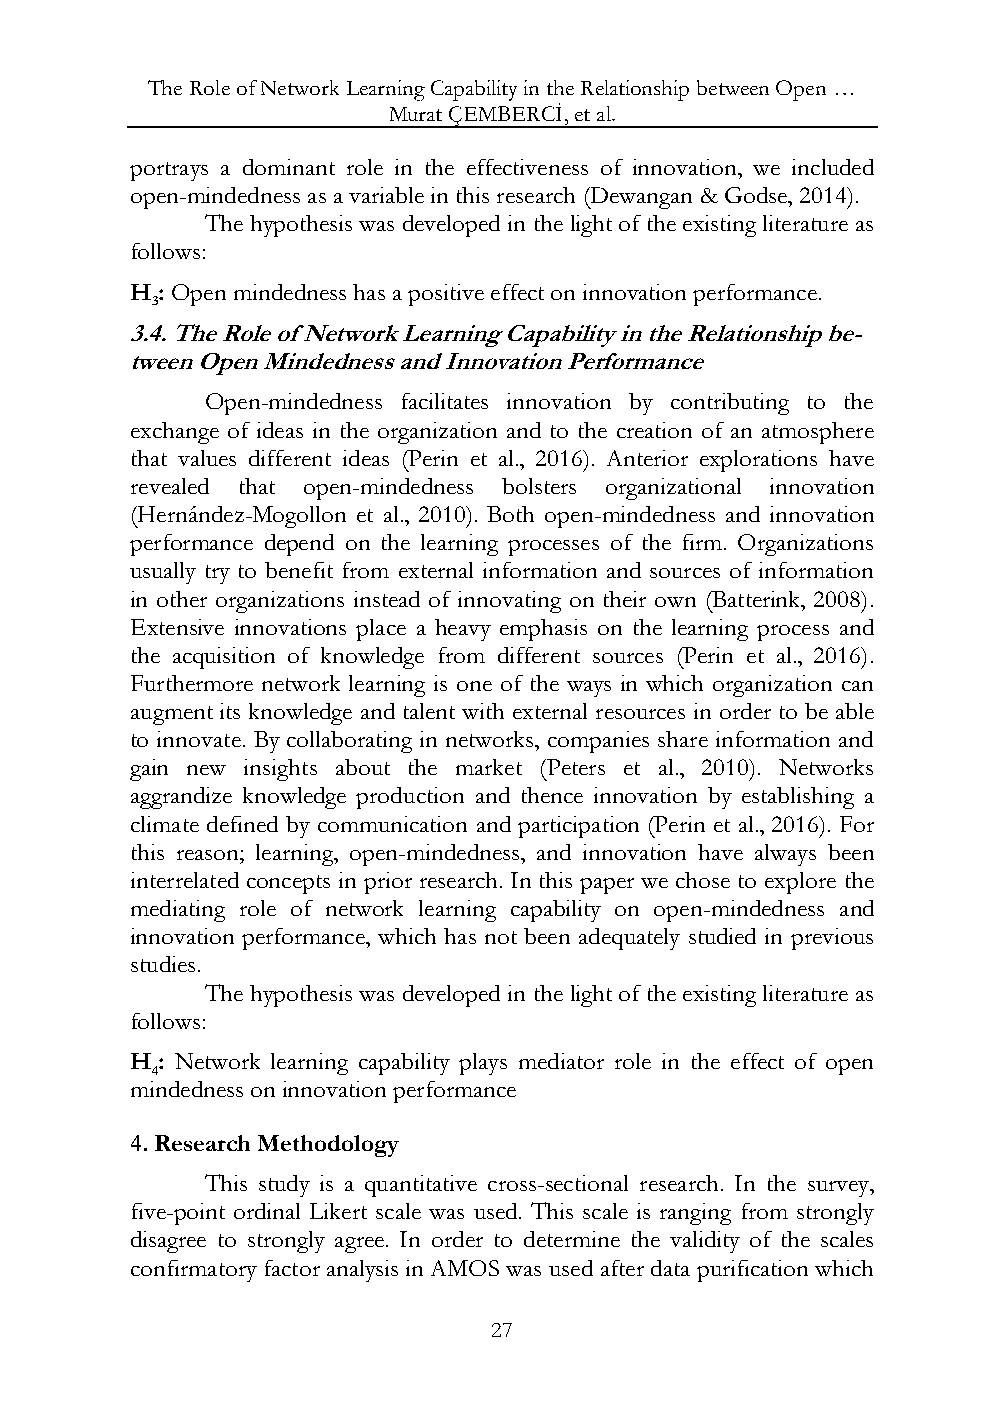
The Role of Network Learning Capability in the Relationship between Open …
 Murat ÇEMBERCİ, et al.
 portrays a dominant role in the effectiveness of innovation, we included
 open-mindedness as a variable in this research (Dewangan & Godse, 2014).
 The hypothesis was developed in the light of the existing literature as
 follows:
 H : Open mindedness has a positive effect on innovation performance.
 3
 3.4. The Role of Network Learning Capability in the Relationship be-
 tween Open Mindedness and Innovation Performance
 Open-mindedness facilitates innovation by contributing to the
 exchange of ideas in the organization and to the creation of an atmosphere
 that values different ideas (Perin et al., 2016). Anterior explorations have
 revealed that open-mindedness bolsters organizational innovation
 (Hernández-Mogollon et al., 2010). Both open-mindedness and innovation
 performance depend on the learning processes of the firm. Organizations
 usually try to benefit from external information and sources of information
 in other organizations instead of innovating on their own (Batterink, 2008).
 Extensive innovations place a heavy emphasis on the learning process and
 the acquisition of knowledge from different sources (Perin et al., 2016).
 Furthermore network learning is one of the ways in which organization can
 augment its knowledge and talent with external resources in order to be able
 to innovate. By collaborating in networks, companies share information and
 gain new insights about the market (Peters et al., 2010). Networks
 aggrandize knowledge production and thence innovation by establishing a
 climate defined by communication and participation (Perin et al., 2016). For
 this reason; learning, open-mindedness, and innovation have always been
 interrelated concepts in prior research. In this paper we chose to explore the
 mediating role of network learning capability on open-mindedness and
 innovation performance, which has not been adequately studied in previous
 studies.
 The hypothesis was developed in the light of the existing literature as
 follows:
 H : Network learning capability plays mediator role in the effect of open
 4
 mindedness on innovation performance
 4. Research Methodology
 This study is a quantitative cross-sectional research. In the survey,
 five-point ordinal Likert scale was used. This scale is ranging from strongly
 disagree to strongly agree. In order to determine the validity of the scales
 confirmatory factor analysis in AMOS was used after data purification which
 27